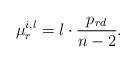
LaTeX: \begin{align*}\mu_r^{i,l}=l \cdot \frac{p_{rd}}{n-2}. \end{align*}